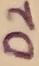
Text: D2